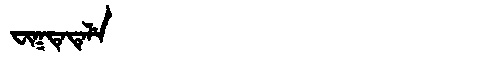
Manchu: ᠸᡳᡴᡨᡝᡨᡝᠯᡝ
Romanization: FIKTETELE